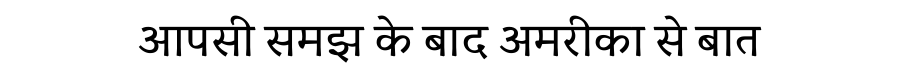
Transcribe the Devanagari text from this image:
आपसी समझ के बाद अमरीका से बात